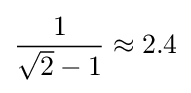
{\frac {1}{{\sqrt {2}}-1}}\approx 2.4